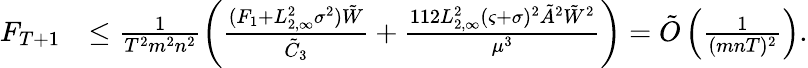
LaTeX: \begin{array}{rl}{F_{T+1}}&{\le\frac{1}{T^{2}m^{2}n^{2}}\left(\frac{(F_{1}+L_{2,\infty}^{2}\sigma^{2})\tilde{W}}{\tilde{C}_{3}}+\frac{112L_{2,\infty}^{2}(\varsigma+\sigma)^{2}\tilde{A}^{2}{\tilde{W}}^{2}}{\mu^{3}}\right)=\tilde{O}\left(\frac{1}{(mnT)^{2}}\right).}\end{array}